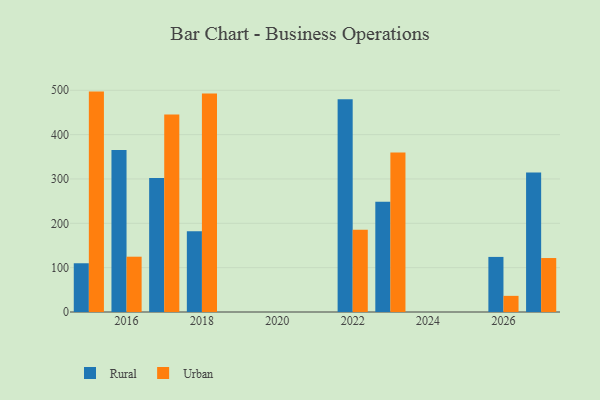
{"axis": {"x": "Year", "y": "Demand Index"}, "legend": ["Rural", "Urban"], "data": [{"x": "2017", "y": 301.9, "type": "Rural"}, {"x": "2017", "y": 445.4, "type": "Urban"}, {"x": "2016", "y": 365.4, "type": "Rural"}, {"x": "2016", "y": 124.7, "type": "Urban"}, {"x": "2023", "y": 248.8, "type": "Rural"}, {"x": "2023", "y": 359.8, "type": "Urban"}, {"x": "2015", "y": 109.9, "type": "Rural"}, {"x": "2015", "y": 497.0, "type": "Urban"}, {"x": "2027", "y": 314.4, "type": "Rural"}, {"x": "2027", "y": 121.7, "type": "Urban"}, {"x": "2026", "y": 124.2, "type": "Rural"}, {"x": "2026", "y": 36.4, "type": "Urban"}, {"x": "2018", "y": 182.1, "type": "Rural"}, {"x": "2018", "y": 492.6, "type": "Urban"}, {"x": "2022", "y": 479.5, "type": "Rural"}, {"x": "2022", "y": 185.3, "type": "Urban"}]}